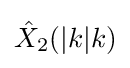
{\hat {X}}_{2}(|k|k)